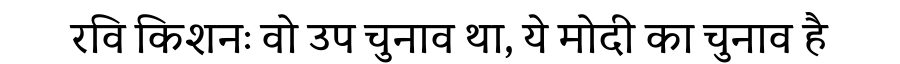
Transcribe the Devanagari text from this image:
रवि किशनः वो उप चुनाव था, ये मोदी का चुनाव है